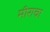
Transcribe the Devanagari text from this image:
मीराचा